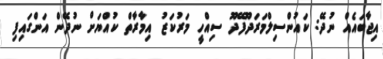
އިޖާބައެއް ނުދޭ: ކައުންސިލްމަރަދޫފޭދޫ ސިއްހީ މަރުކަޒު އިމާރާތް ކުއްޔަށް ނުދޭން އަންގައިފި